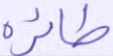
طائره